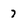
Character: 7